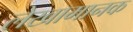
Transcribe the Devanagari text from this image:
लेखामानक